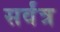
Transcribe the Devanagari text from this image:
सर्वंत्र